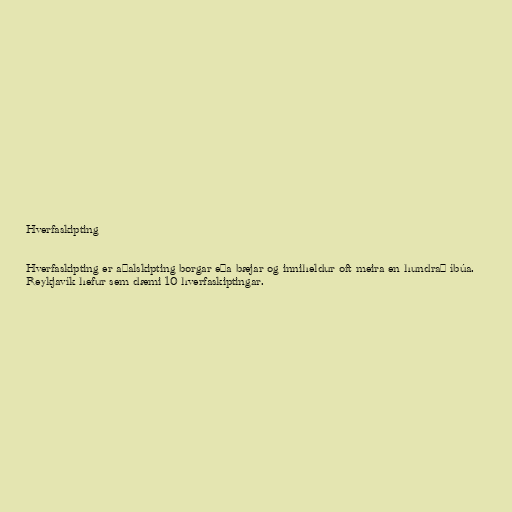
Hverfaskipting

Hverfaskipting er aðalskipting borgar eða bæjar og inniheldur oft meira en hundrað íbúa.
Reykjavík hefur sem dæmi 10 hverfaskiptingar.